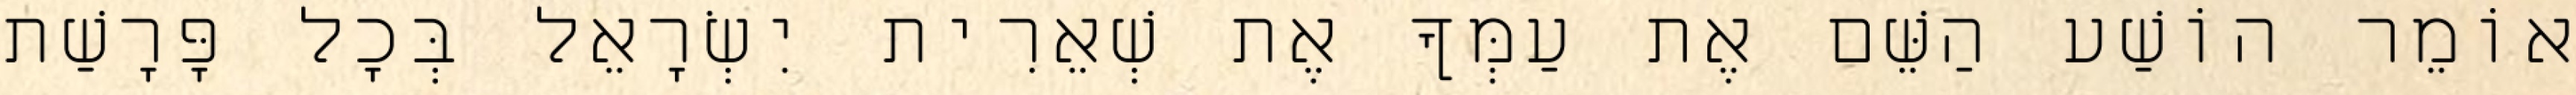
אוֹמֵר הוֹשַׁע הַשֵּׁם אֶת עַמְּךָ אֶת שְׁאֵרִית יִשְׂרָאֵל בְּכָל פָּרָשַׁת